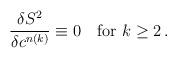
LaTeX: \begin{align*}\frac{\delta S^2}{\delta c^{n(k)}}\equiv 0\mbox{\quad for }k\geq 2\,.\end{align*}